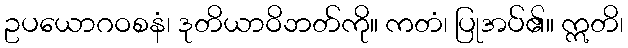
ဥပယောဂဝစနံ၊ ဒုတိယာဝိဘတ်ကို။ ကတံ၊ ပြုအပ်၏။ ဣတိ၊